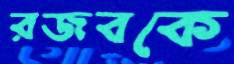
রজবকে